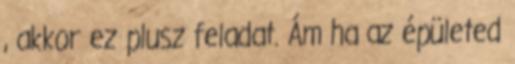
, akkor ez plusz feladat. Ám ha az épületed